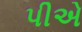
પીએ